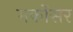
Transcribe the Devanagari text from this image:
मर्कोसर